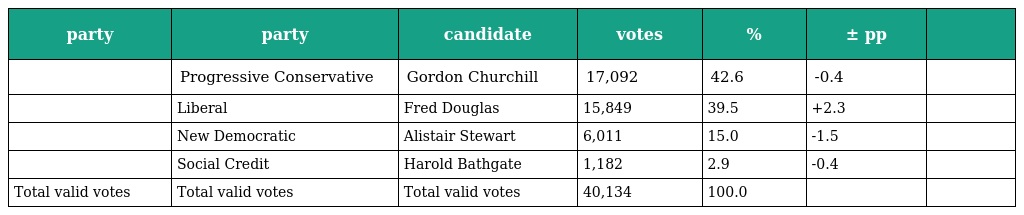
| party | party | candidate | votes | % | ± pp |  |
 | --- | --- | --- | --- | --- | --- | --- |
 |  | Progressive Conservative | Gordon Churchill | 17,092 | 42.6 | -0.4 |  |
 |  | Liberal | Fred Douglas | 15,849 | 39.5 | +2.3 |  |
 |  | New Democratic | Alistair Stewart | 6,011 | 15.0 | -1.5 |  |
 |  | Social Credit | Harold Bathgate | 1,182 | 2.9 | -0.4 |  |
 | Total valid votes | Total valid votes | Total valid votes | 40,134 | 100.0 |  |  |